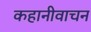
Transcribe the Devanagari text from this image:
कहानीवाचन